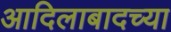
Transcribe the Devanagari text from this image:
आदिलाबादच्या